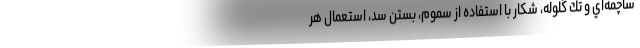
ساچمه‌اي و تك گلوله، شكار با استفاده از سموم، بستن سد، استعمال هر